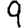
Digit: 9